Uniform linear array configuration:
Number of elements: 12
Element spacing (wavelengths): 0.75
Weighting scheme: hamming
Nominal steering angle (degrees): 60
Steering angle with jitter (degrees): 61.56
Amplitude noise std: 0.05
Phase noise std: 0.05

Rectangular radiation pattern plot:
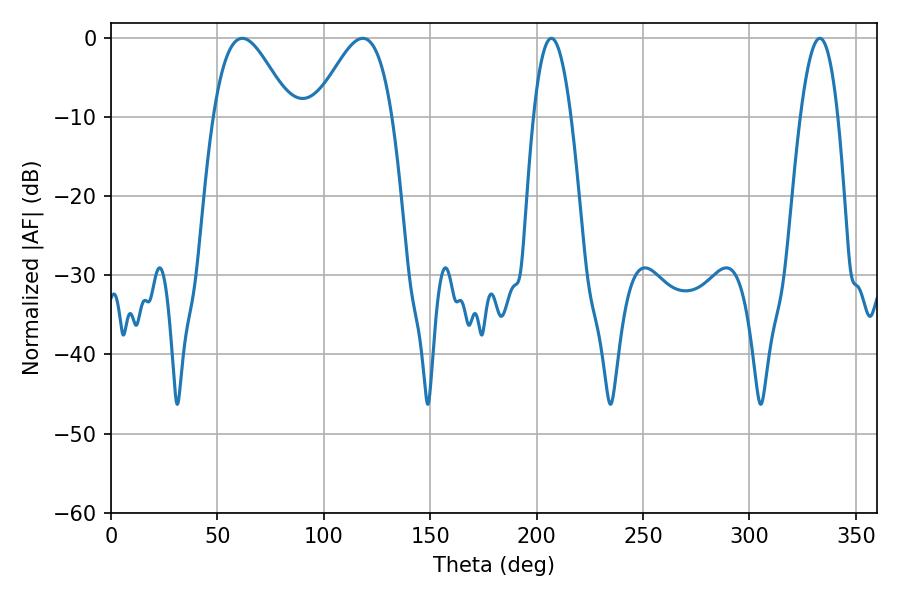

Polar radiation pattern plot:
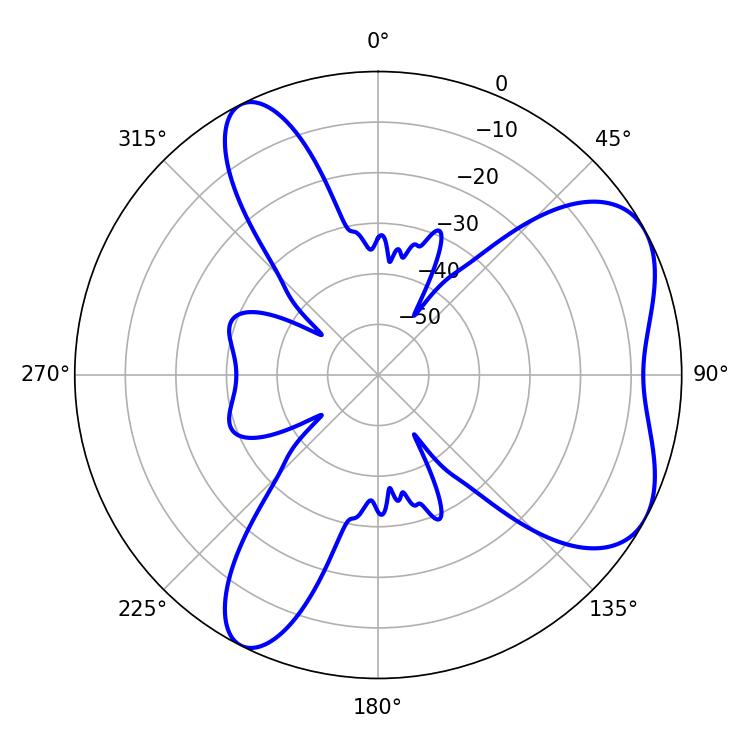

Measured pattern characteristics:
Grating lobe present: TRUE
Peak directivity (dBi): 5.82
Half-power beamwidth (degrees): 19.44
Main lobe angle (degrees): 61.74